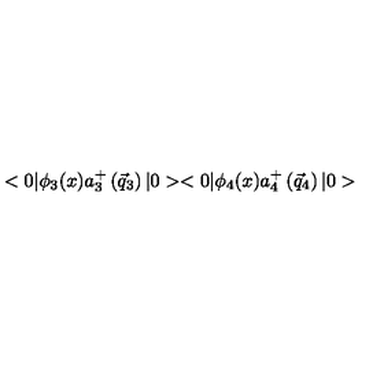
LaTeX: < 0 | { \phi } _ { 3 } ( x ) a _ { 3 } ^ { + } \left( { \vec { q } } _ { 3 } \right) | 0 > < 0 | { \phi } _ { 4 } ( x ) a _ { 4 } ^ { + } \left( { \vec { q } } _ { 4 } \right) | 0 >